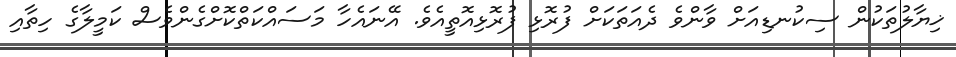
ޚިޔާލުތަކުން ސިކުނޑިއަށް ވާންވެ ދެއަތަކަށް ފުރޮޅި ފުރޮޅިއޮތީއެވެ. އޭނައެހާ މަސައްކަތްކޮށްގެންވެސް ކަމީލާގެ ހިތާއި